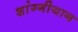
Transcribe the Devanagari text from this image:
शांग्गीयान